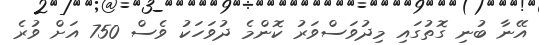
އޭނާ ބުނި ގޮތުގައި މިދުވަސްވަރު ކޮންމެ ދުވަހަކު ވެސް 750 އަށް ވުރެ